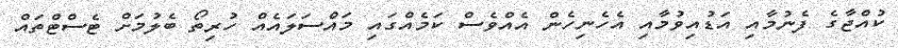
ކުއްޖާގެ ފެނުމާއި އަޑުއިވުމާއި އެހެނިހެން އެއްވެސް ކަމެއްގައި މައްސަލައެއް ހުރިތޯ ބެލުމަށް ޓެސްޓްތައް